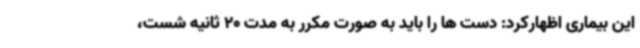
این بیماری اظهارکرد: دست ها را باید به صورت مکرر به مدت 20 ثانیه شست،